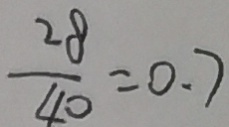
\frac { 2 8 } { 4 0 } = 0 . 7